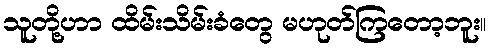
သူတို့ဟာ ထိမ်းသိမ်းခံတွေ မဟုတ်ကြတော့ဘူး။